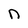
Character: n